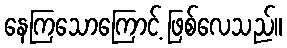
နေကြသောကြောင့် ဖြစ်လေသည်။